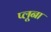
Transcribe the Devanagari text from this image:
प्लूना